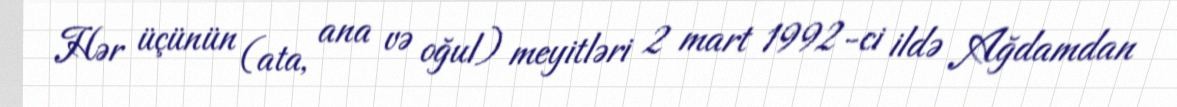
Hər üçünün (ata, ana və oğul) meyitləri 2 mart 1992-ci ildə Ağdamdan